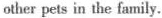
other pets in the family.